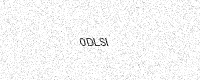
Text: 0DLSI